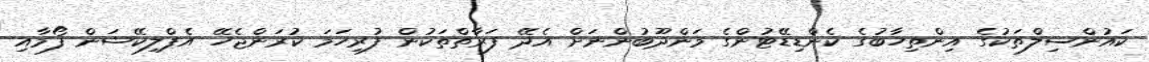
ކައުންސިލްތަކުގެ އިންތިހާބުގެ ކެންޑިޑޭޓުންގެ މަންދޫބުންނަށް އެދޭ ފަރާތްތަކުން ފުރިހަމަ ކުރަންޖެހޭ އެޕްލިކޭޝަން ފޯމާއި